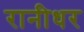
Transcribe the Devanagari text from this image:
रानीधर